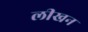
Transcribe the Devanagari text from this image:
लीखन